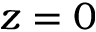
z = 0